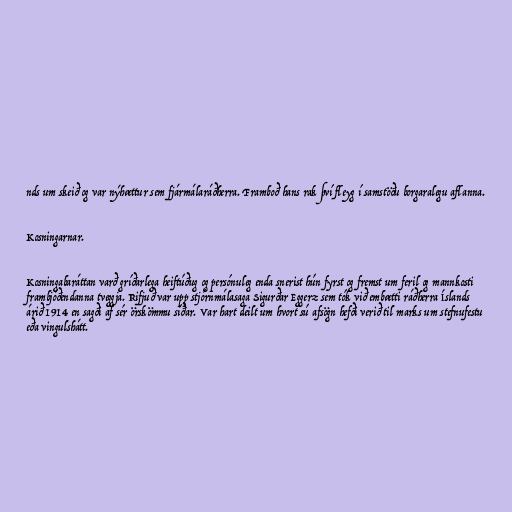
nds um skeið og var nýhættur sem fjármálaráðherra. Framboð hans rak því fleyg í samstöðu borgaralegu aflanna.

Kosningarnar.

Kosningabaráttan varð gríðarlega heiftúðug og persónuleg enda snerist hún fyrst og fremst um feril og mannkosti
frambjóðendanna tveggja. Rifjuð var upp stjórnmálasaga Sigurðar Eggerz sem tók við embætti ráðherra Íslands
árið 1914 en sagði af sér örskömmu síðar. Var hart deilt um hvort sú afsögn hefði verið til marks um stefnufestu
eða vingulshátt.